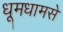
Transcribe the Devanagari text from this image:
धूमधामसे